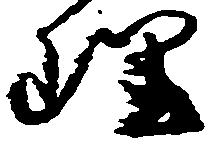
理